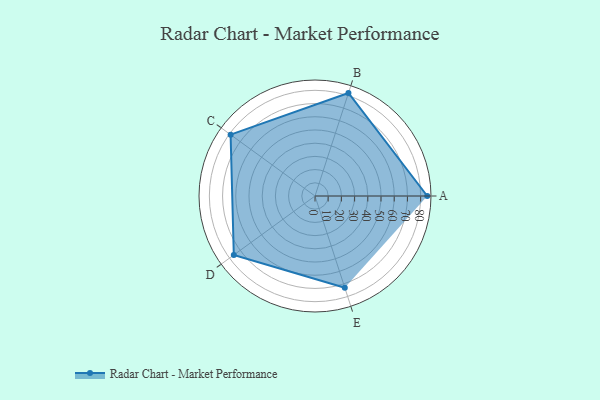
{"axis": {"x": "Skill", "y": "Score"}, "legend": ["Profile"], "data": [{"x": "A", "y": 85.0, "type": "Profile"}, {"x": "B", "y": 82.0, "type": "Profile"}, {"x": "C", "y": 79.0, "type": "Profile"}, {"x": "D", "y": 76.0, "type": "Profile"}, {"x": "E", "y": 73.0, "type": "Profile"}]}